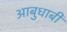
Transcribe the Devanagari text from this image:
आबुधाबी